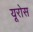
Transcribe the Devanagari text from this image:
यूरोस